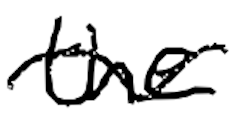
Text: the
Cross-out: wave
Writing tool: digital_black